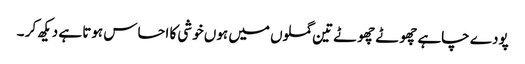
پودے چاہے چھوٹے چھوٹے تین گملوں میں ہوں خوشی کا احساس ہوتا ہے دیکھ کر ۔